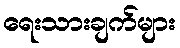
ရေးသားချက်များ